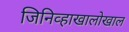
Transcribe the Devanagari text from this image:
जिनिव्हाखालोखाल